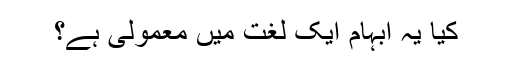
کیا یہ ابہام ایک لغت میں معمولی ہے؟